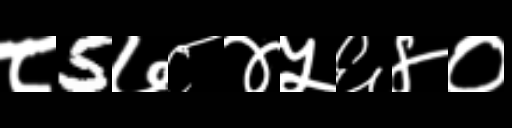
Text: ८5७८४५६४०